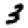
Digit: 3